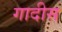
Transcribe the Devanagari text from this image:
गादीस